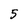
Character: 5